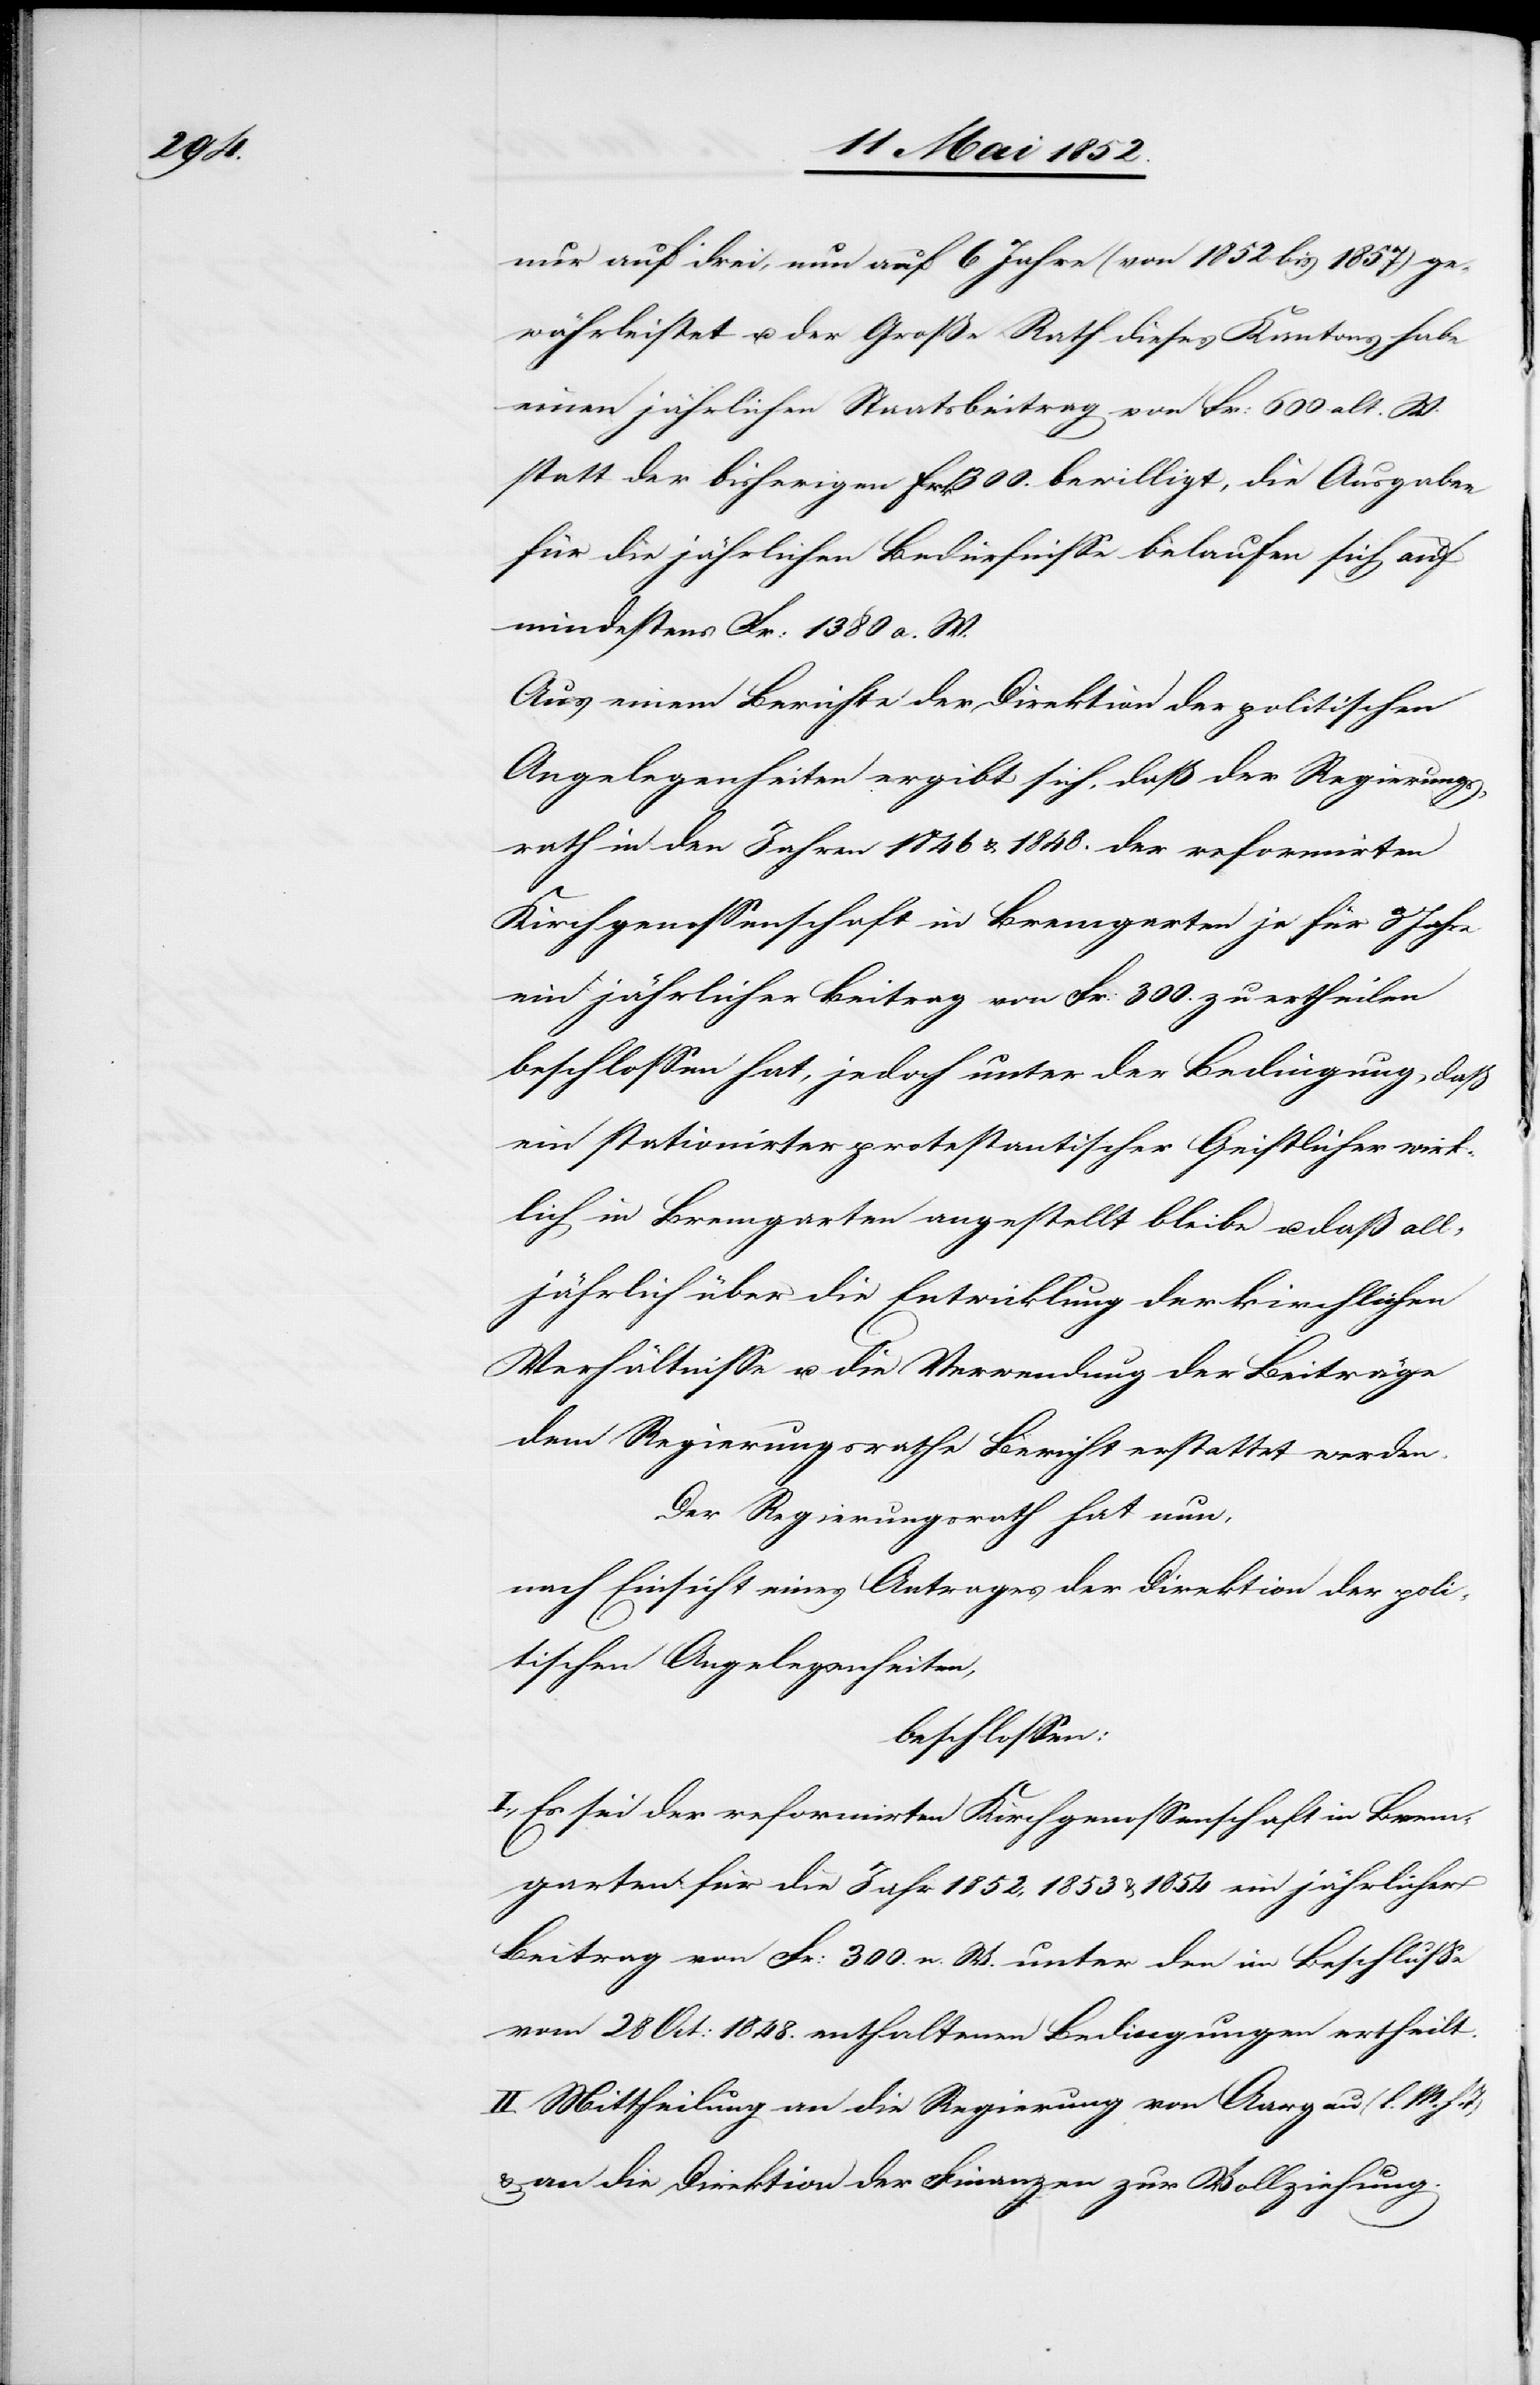
nur auf drei, nun auf 6 Jahre (von 1852 bis 1857) ge¬
währleistet u. der Große Rath dieses Kantons habe
einen jährlichen Staatsbeitrag von Fr: 600 alt. W.
statt der bisherigen Frk 300. bewilligt, die Ausgaben
für die jährlichen Bedürfnisse belaufen sich auf
mindestens Fr: 1380 a. W.
Aus einem Berichte der Direktion der politischen
Angelegenheiten ergibt sich, daß der Regierungs¬
rath in den Jahren 1846 & 1848. der reformirten
Kirchgenossenschaft in Bremgarten je für 3 Jahre
ein jährlicher Beitrag von Fr: 300. zu ertheilen
beschlossen hat, jedoch unter der Bedingung, daß
ein stationirter protestantischer Geistlicher wirk¬
lich in Bremgarten angestellt bleibe u. daß all¬
jährlich über die Entwicklung der kirchlichen
Verhältnisse u. die Verwendung der Beiträge
dem Regierungsrathe Bericht erstattet werden
Der Regierungsrath hat nun,
nach Einsicht eines Antrages der Direktion der poli¬
tischen Angelegenheiten,
beschlossen:
I., Es sei der reformirten Kirchgenossenschaft in Brem¬
garten für die Jahr[e] 1852, 1853 & 1854 ein jährlicher
Beitrag von Fr: 300. n. W. unter den im Beschlusse
vom 28 Oct: 1848. enthaltenen Bedingungen ertheilt.
II. Mittheilung an die Regierung von Aargau (l. M. h.
& an die Direktion der Finanzen zur Vollziehung.